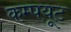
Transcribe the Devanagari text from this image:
कम्पयूट